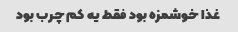
غذا خوشمزه بود فقط یه کم چرب بود